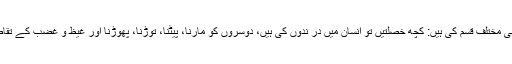
نفسانی خواہشات بھی مختلف قسم کی ہیں: کچھ خصلتیں تو انسان میں در ندوں کی ہیں، دوسروں کو مارنا، پیٹنا، توڑنا، پھوڑنا اور غیظ و غضب کے تقاضوں کو پورا کرنا۔